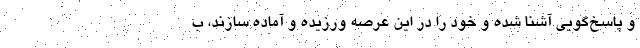
و پاسخ‌گویی آشنا شده و خود را در این عرصه ورزیده و آماده سازند، ب